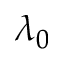
\lambda _ { 0 }